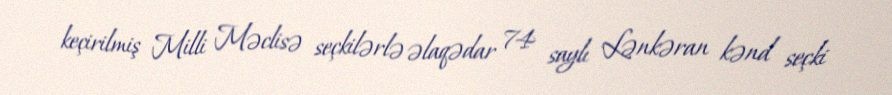
keçirilmiş Milli Məclisə seçkilərlə əlaqədar 74 saylı Lənkəran kənd seçki